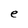
Character: e